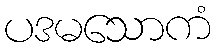
ပဒမသောကံ